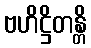
ဗဟိဋ္ဌိတန္တိ